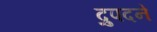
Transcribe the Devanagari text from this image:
द्रुपदने